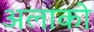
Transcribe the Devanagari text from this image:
अलाको